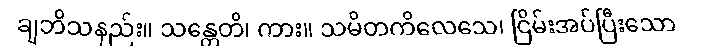
ချဘိသနည်း။ သန္တေတိ၊ ကား။ သမိတကိလေသေ၊ ငြိမ်းအပ်ပြီးသော